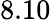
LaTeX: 8.10